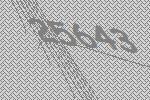
25643